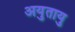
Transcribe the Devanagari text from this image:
अयुतायु